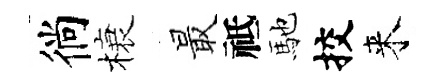
徜榱最祗馳挍来